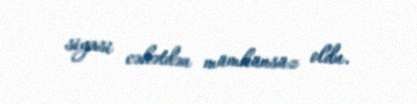
siyasi cəhətdən mümkünsüz oldu.